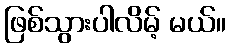
ဖြစ်သွားပါလိမ့် မယ်။